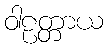
ဝါဠတ္တာယ